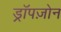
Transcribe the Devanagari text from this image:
ड्रॉपज़ोन